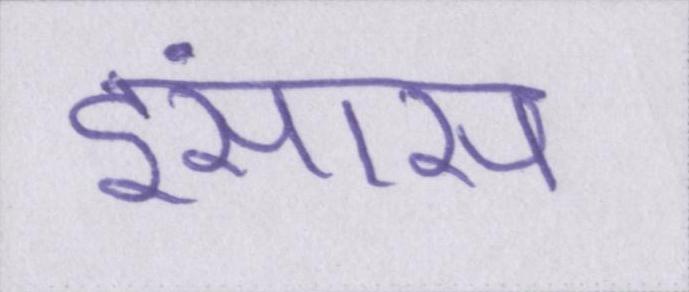
इंसास